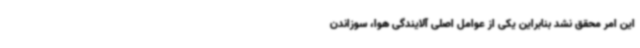
این امر محقق نشد بنابراین یکی از عوامل اصلی آلایندگی هوا، سوزاندن